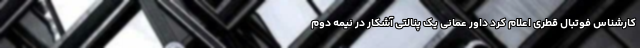
کارشناس فوتبال قطری اعلام کرد داور عمانی یک پنالتی آشکار در نیمه دوم